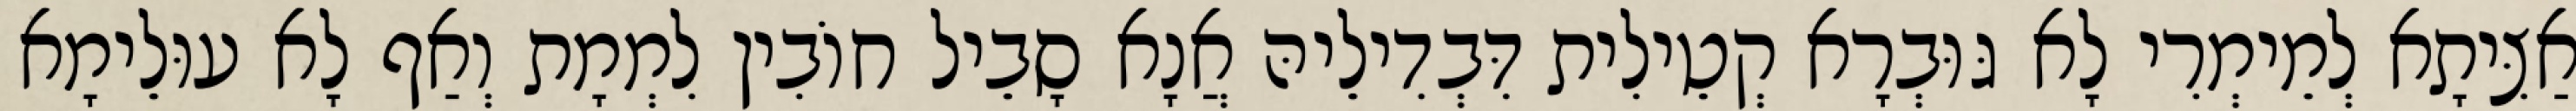
אַצִּיתָא לְמֵימְרִי לָא גּוּבְרָא קְטֵילִית דִּבְדִילֵיהּ אֲנָא סָבֵיל חוֹבִין לִמְמָת וְאַף לָא עוּלֵימָא